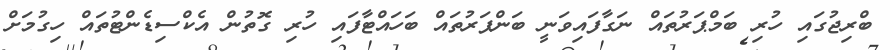
ބްރިޖުގައި ހުރި ބަމްޕަރުތައް ނަގާފައިވަނީ ބަންޕަރުތައް ބަހައްޓާފައި ހުރި ގޮތުން އެކްސިޑެންޓުތައް ހިގުމަށް